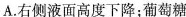
A.右侧液面高度下降；葡萄糖